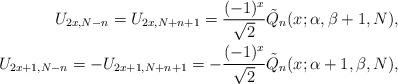
LaTeX: \begin{align*} U_{2x,N-n} = U_{2x,N+n+1} = \frac{(-1)^x}{\sqrt{2}} \tilde Q_n(x;\alpha,\beta+1,N), \\ U_{2x+1,N-n} = -U_{2x+1,N+n+1} = -\frac{(-1)^x}{\sqrt{2}} \tilde Q_n(x;\alpha+1,\beta,N), \end{align*}